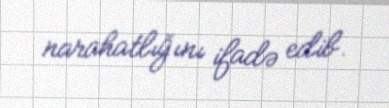
narahatlığını ifadə edib.